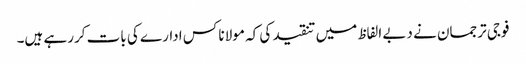
فوجی ترجمان نے دبے الفاظ میں تنقید کی کہ مولانا کس ادارے کی بات کررہے ہیں۔